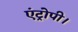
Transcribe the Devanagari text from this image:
एंट्रोपी।